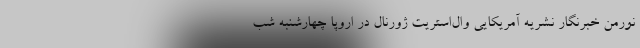
نورمن خبرنگار نشریه آمریکایی وال‌استریت ژورنال در اروپا چهارشنبه شب